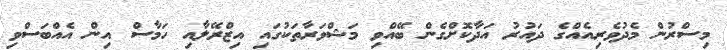
މިސްރުން މެދުވެރިއެއްގެ ދައުރު އަދާކޮށްގެން ބޭއްވި މަޝްވަރާތަކުގައި އިޒްރޭލާއި ހަމާސް އިން އެއްބަސްވި